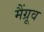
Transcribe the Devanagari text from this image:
मैंग्रूव